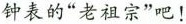
钟表的“老祖宗”吧！